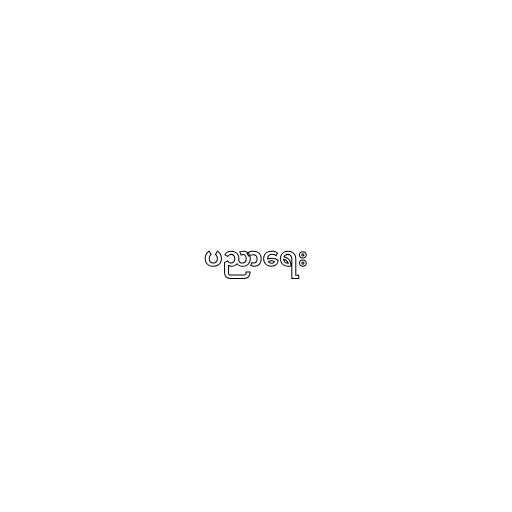
ပညာရေး